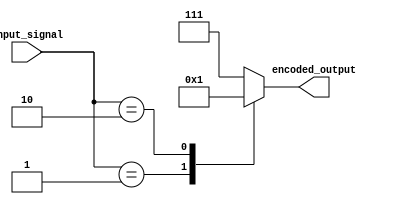
module Encoder(
  input [7:0] input_signal,
  output reg [2:0] encoded_output
);

always @(*) begin
  case(input_signal)
    8'b00000001: encoded_output = 3'b000; // Example priority encoding
    8'b00000010: encoded_output = 3'b001;
    // Add more encoding logic as needed
    default: encoded_output = 3'b111; // Default encoding
  endcase
end

endmodule